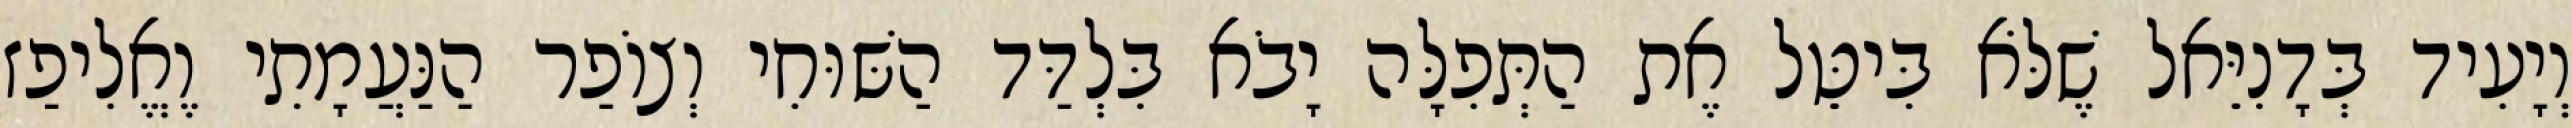
וְיָעִיד בְּדָנִיֵּאל שֶׁלֹּא בִּיטֵּל אֶת הַתְּפִלָּה יָבֹא בִּלְדַּד הַשּׁוּחִי וְצוֹפַר הַנַּעֲמָתִי וֶאֱלִיפַז